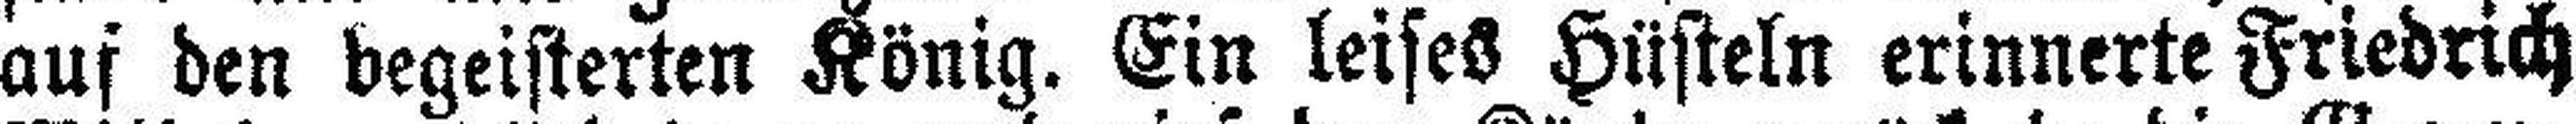
auf den begeisterten König. Ein leises Hüsteln erinnerte Friedrich